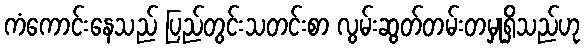
ကံကောင်းနေသည် ပြည်တွင်းသတင်းစာ လွမ်းဆွတ်တမ်းတမှုရှိသည်ဟု